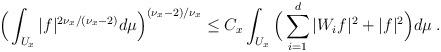
LaTeX: \begin{align*}\Big(\int_{U_x} |f|^{2\nu_x/(\nu_x-2)} d\mu\Big)^{(\nu_x-2)/\nu_x} \leq C_x \int_{U_x} \Big(\sum_{i=1}^d |W_i f|^2 + |f|^2 \Big) d\mu\;.\end{align*}